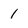
Character: 1